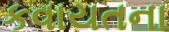
કવાયતના